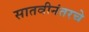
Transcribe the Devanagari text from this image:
सातवीनंतरचे